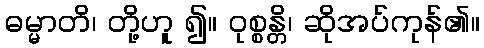
ဓမ္မာတိ၊ တို့ဟူ ၍။ ဝုစ္စန္တိ၊ ဆိုအပ်ကုန်၏။